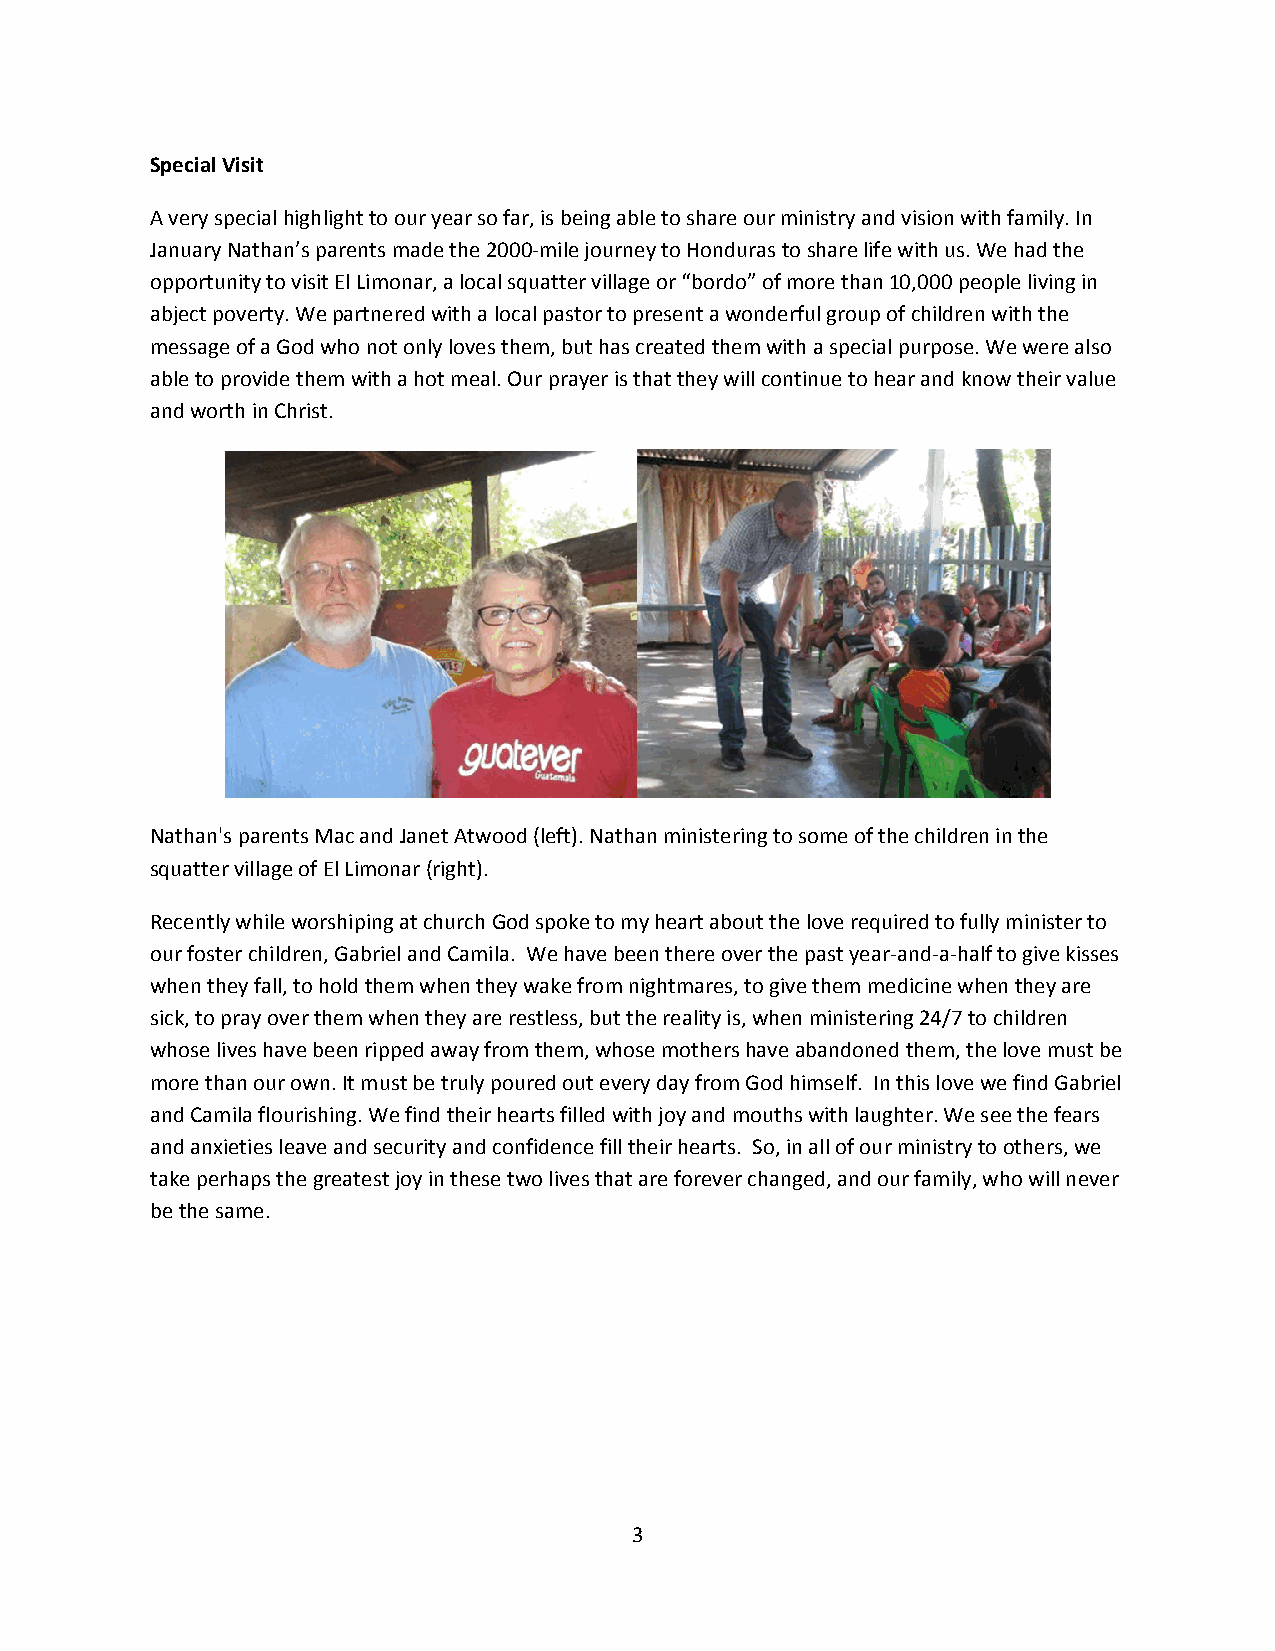
Special Visit
 A very special highlight to our year so far, is being able to share our ministry and vision with family. In
 January Nathan’s parents made the 2000‐mile journey to Honduras to share life with us. We had the
 opportunity to visit El Limonar, a local squatter village or “bordo” of more than 10,000 people living in
 abject poverty. We partnered with a local pastor to present a wonderful group of children with the
 message of a God who not only loves them, but has created them with a special purpose. We were also
 able to provide them with a hot meal. Our prayer is that they will continue to hear and know their value
 and worth in Christ.
 Nathan's parents Mac and Janet Atwood (left). Nathan ministering to some of the children in the
 squatter village of El Limonar (right).
 Recently while worshiping at church God spoke to my heart about the love required to fully minister to
 our foster children, Gabriel and Camila. We have been there over the past year‐and‐a‐half to give kisses
 when they fall, to hold them when they wake from nightmares, to give them medicine when they are
 sick, to pray over them when they are restless, but the reality is, when ministering 24/7 to children
 whose lives have been ripped away from them, whose mothers have abandoned them, the love must be
 more than our own. It must be truly poured out every day from God himself. In this love we find Gabriel
 and Camila flourishing. We find their hearts filled with joy and mouths with laughter. We see the fears
 and anxieties leave and security and confidence fill their hearts. So, in all of our ministry to others, we
 take perhaps the greatest joy in these two lives that are forever changed, and our family, who will never
 be the same.
 3